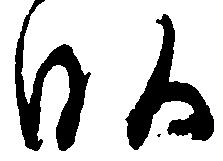
畝